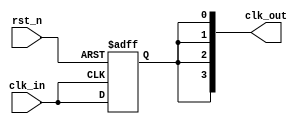
module high_fanout_clock_buffer #(
    parameter NUM_OUTPUTS = 4,        // Number of outputs
    parameter DRIVE_STRENGTH = 2      // Drive strength (1, 2, or 3)
)(
    input wire clk_in,                 // Input clock signal
    input wire rst_n,                  // Active low reset
    output wire [NUM_OUTPUTS-1:0] clk_out // Output clock signals
);

    // Internal signals
    wire clk_clean;
    wire [NUM_OUTPUTS-1:0] clk_buf;

    // Schmitt Trigger for input clock cleaning
    reg clk_reg;
    always @(posedge clk_in or negedge rst_n) begin
        if (!rst_n)
            clk_reg <= 1'b0;
        else
            clk_reg <= clk_in;
    end

    assign clk_clean = clk_reg;

    // Output drivers with programmable drive strength
    generate
        genvar i;
        for (i = 0; i < NUM_OUTPUTS; i = i + 1) begin : clk_output
            // Drive strength control
            if (DRIVE_STRENGTH == 1) begin
                assign clk_buf[i] = (clk_clean) ? 1'b1 : 1'b0; // Low drive strength
            end else if (DRIVE_STRENGTH == 2) begin
                assign clk_buf[i] = clk_clean; // Medium drive strength
            end else if (DRIVE_STRENGTH == 3) begin
                assign clk_buf[i] = clk_clean; // High drive strength
            end else begin
                assign clk_buf[i] = 1'b0; // Default to low if invalid strength
            end
        end
    endgenerate

    // Assign buffered clock outputs
    assign clk_out = clk_buf;

endmodule